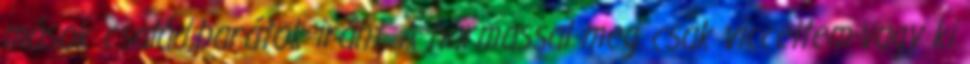
mások család,barátok iránt. A hármassal meg csak vicceltem-vagy ki